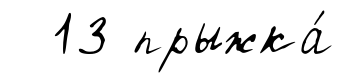
13 прыжка́